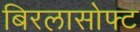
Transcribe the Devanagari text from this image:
बिरलासोफ्ट